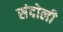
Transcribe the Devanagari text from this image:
संदोली